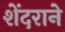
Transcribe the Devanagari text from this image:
शेंदराने